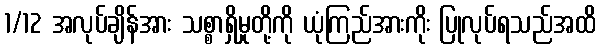
1/12 အလုပ်ချိန်အား သစ္စာရှိမှုတို့ကို ယုံကြည်အားကိုး ပြုလုပ်ရသည်အထိ